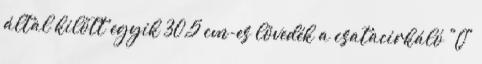
által kilőtt egyik 30,5 cm-es lövedék a csatacirkáló "Q"